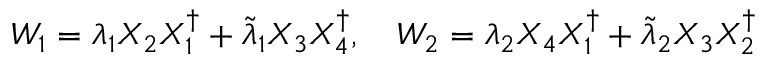
W _ { 1 } = \lambda _ { 1 } X _ { 2 } X _ { 1 } ^ { \dagger } + \tilde { \lambda } _ { 1 } X _ { 3 } X _ { 4 } ^ { \dagger } , \quad W _ { 2 } = \lambda _ { 2 } X _ { 4 } X _ { 1 } ^ { \dagger } + \tilde { \lambda } _ { 2 } X _ { 3 } X _ { 2 } ^ { \dagger }